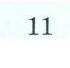
11